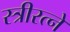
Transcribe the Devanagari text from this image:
स्त्रीरत्ने